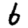
Digit: 6